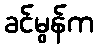
ခင်မွန်က